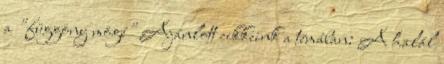
a "függöny mögé" Ajánlott cikkeink a témában: A halál